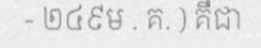
- ២៤៩ម . គ. ) គឺជា